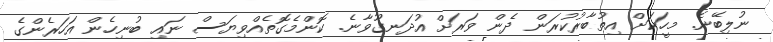
ނުލިބޭނެ. މީހަކަށް އިތުބާރުކުރަން ދެން ވަރަށް އުދަނގޫވާނެ. ކޮންމެގޮތެއްވިޔަސް ނައި ބުނިހެން އަހަރެންގެ